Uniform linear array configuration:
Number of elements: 4
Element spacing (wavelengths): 0.75
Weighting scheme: kaiser
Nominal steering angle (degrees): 15
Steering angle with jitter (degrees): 13.89
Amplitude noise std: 0.05
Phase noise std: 0.05

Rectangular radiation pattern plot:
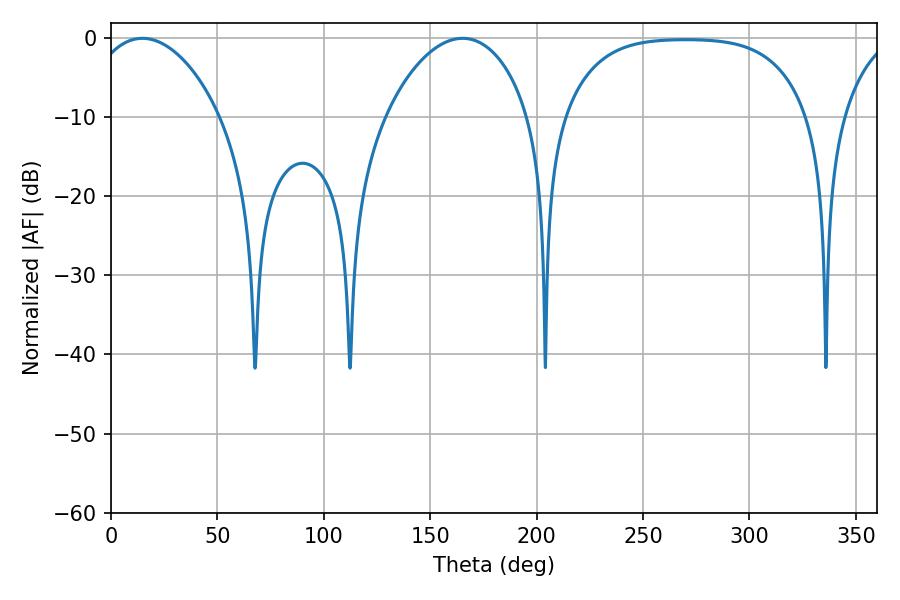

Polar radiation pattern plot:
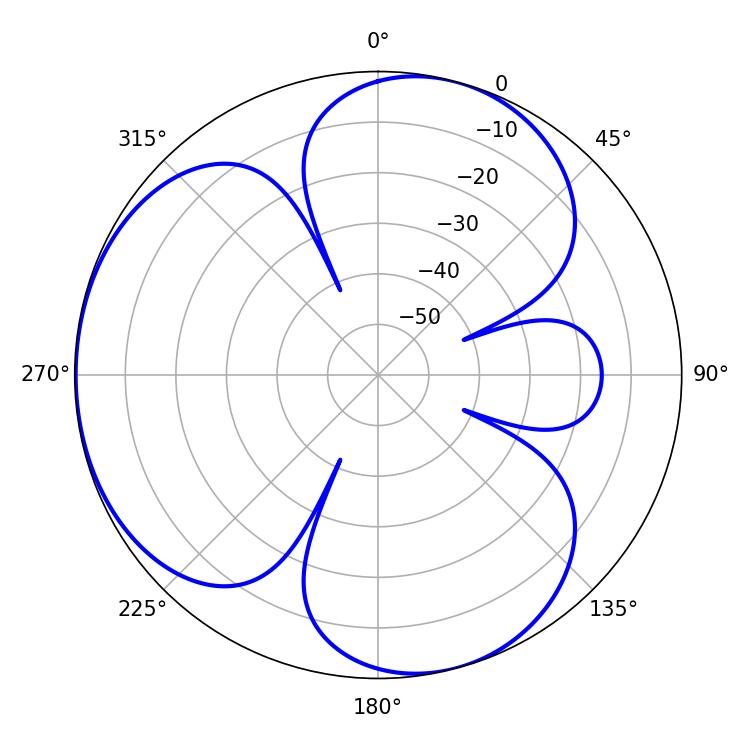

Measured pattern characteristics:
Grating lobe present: TRUE
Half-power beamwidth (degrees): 34.92
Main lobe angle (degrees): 14.76